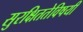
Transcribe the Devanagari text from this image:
सुरक्षिततेविषयी